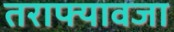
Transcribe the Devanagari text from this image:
तराफ्यावजा